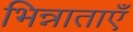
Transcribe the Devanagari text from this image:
भिन्नाताएँ